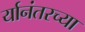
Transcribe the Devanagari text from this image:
र्यानंतरच्या